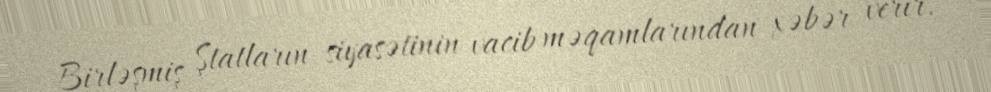
Birləşmiş Ştatların siyasətinin vacib məqamlarından xəbər verir.